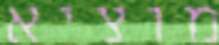
מוציא